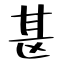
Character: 𫞪